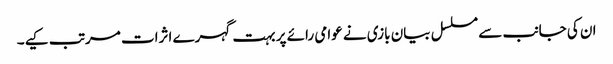
ان کی جانب سے مسلسل بیان بازی نے عوامی رائے پر بہت گہرے اثرات مرتب کیے۔